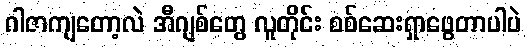
ဂါဇာကျတော့လဲ အီဂျစ်တွေ လူတိုင်း စစ်ဆေးရှာဖွေတာပါပဲ